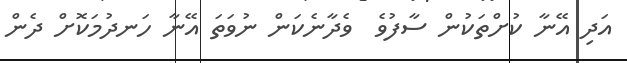
އަދި އޭނާ ކުށްތަކުން ސާފުވެ  ވެދާނެކަން ނުވަތަ އޭނާ ހަނދުމަކޮށް ދެން